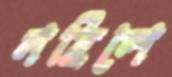
নহিলে